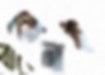
কেনাই